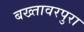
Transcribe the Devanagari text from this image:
बख्तावरपुरा